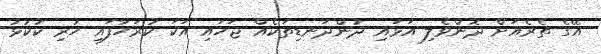
އޭގެ ތެރެއަށް ދޮންވެލި އަޅައި ދުންދަނޑިތަކެއް ޖަހައި އަކަ ކުރަހާފައި ހުރި ކުކުޅު